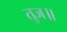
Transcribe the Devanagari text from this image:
तुज॥